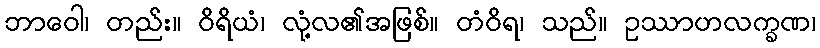
ဘာဝေါ၊ တည်း။ ဝိရိယံ၊ လုံ့လ၏အဖြစ်။ တံဝိရ၊ သည်။ ဥဿာဟလက္ခဏ၊